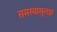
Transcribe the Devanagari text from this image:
समस्यासुलझ